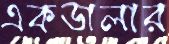
একডালার